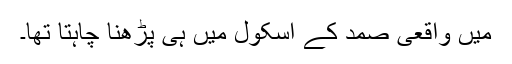
میں واقعی صمد کے اسکول میں ہی پڑھنا چاہتا تھا۔